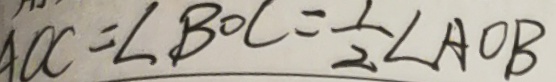
A O C = \angle B O C = \frac { 1 } { 2 } \angle A O B